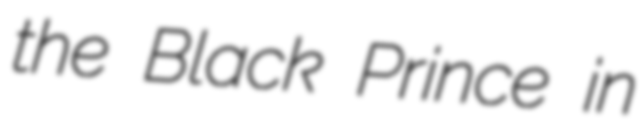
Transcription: the Black Prince in